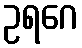
ဥရဂေ